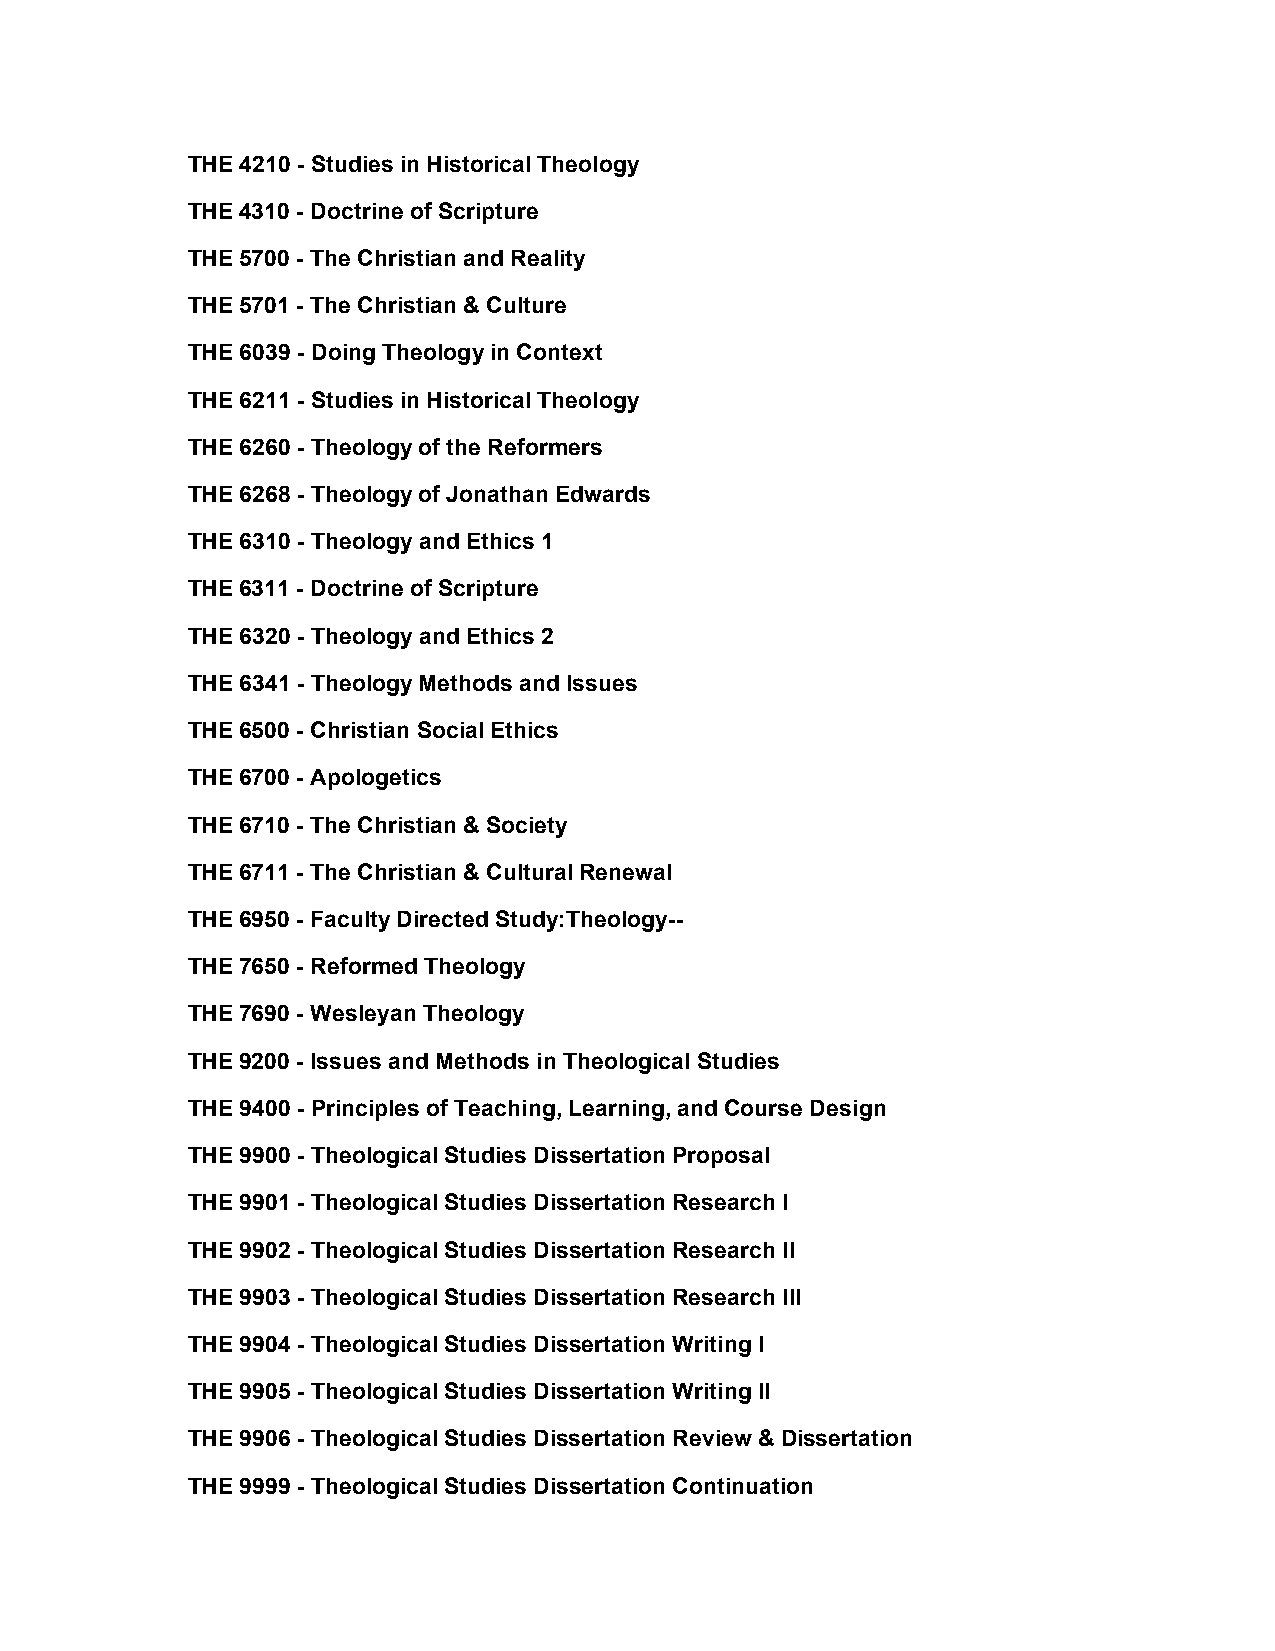
THE 4210 - Studies in Historical Theology
 THE 4310 - Doctrine of Scripture
 THE 5700 - The Christian and Reality
 THE 5701 - The Christian & Culture
 THE 6039 - Doing Theology in Context
 THE 6211 - Studies in Historical Theology
 THE 6260 - Theology of the Reformers
 THE 6268 - Theology of Jonathan Edwards
 THE 6310 - Theology and Ethics 1
 THE 6311 - Doctrine of Scripture
 THE 6320 - Theology and Ethics 2
 THE 6341 - Theology Methods and Issues
 THE 6500 - Christian Social Ethics
 THE 6700 - Apologetics
 THE 6710 - The Christian & Society
 THE 6711 - The Christian & Cultural Renewal
 THE 6950 - Faculty Directed Study:Theology--
 THE 7650 - Reformed Theology
 THE 7690 - Wesleyan Theology
 THE 9200 - Issues and Methods in Theological Studies
 THE 9400 - Principles of Teaching, Learning, and Course Design
 THE 9900 - Theological Studies Dissertation Proposal
 THE 9901 - Theological Studies Dissertation Research I
 THE 9902 - Theological Studies Dissertation Research II
 THE 9903 - Theological Studies Dissertation Research III
 THE 9904 - Theological Studies Dissertation Writing I
 THE 9905 - Theological Studies Dissertation Writing II
 THE 9906 - Theological Studies Dissertation Review & Dissertation
 THE 9999 - Theological Studies Dissertation Continuation